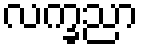
လက္ခညာ